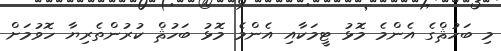
މި ބަހުޘްގެ އެންމެ މޮޅު ޓީމަކާއި އެންމެ މޮޅު ބަހުޘް ކުރުންތެރިޔާ ހޮވުމަށް